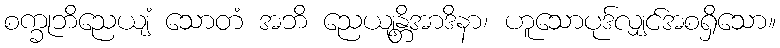
စက္ခုဘိညေယျံ သောတံ အဘိ ညေယျန္တိအာဒိနာ၊ ဟူသောပုဒ်လျှင်အစရှိသော။